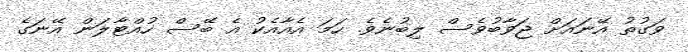
ވަގުތު އޭނައަށް ޖަވާބުވެސް ލިބުނެވެ. ހަމަ އެއާއެކު އެ ބޭސް ހުއްޓާލަން އޭނަގެ